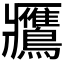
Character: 𪇿